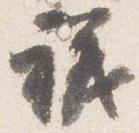
議